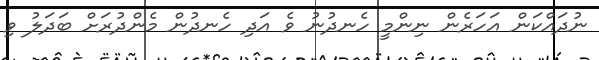
ނުދައްކަން އަހަރެން ނިންމީ ހެނދުނު ވެ އަދި ހެނދުން މެންދުރަށް ބަދަލު ވި